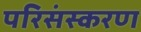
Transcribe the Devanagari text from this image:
परिसंस्करण